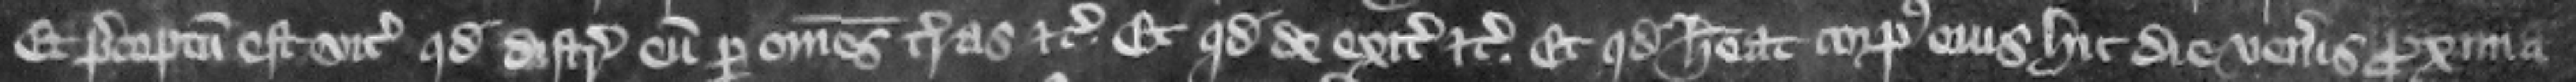
Et preceptum est vicecomiti quod distringat eum per omnes terras etc. et quod de exitibus etc. et quod habeat corpus eius hic die Veneris proxima